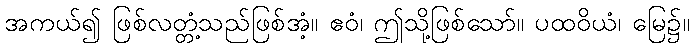
အကယ်၍ ဖြစ်လတ္တံ့သည်ဖြစ်အံ့။ ဧဝံ၊ ဤသို့ဖြစ်သော်။ ပထဝိယံ၊ မြေ၌။